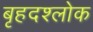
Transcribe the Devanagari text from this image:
बृहदश्लोक